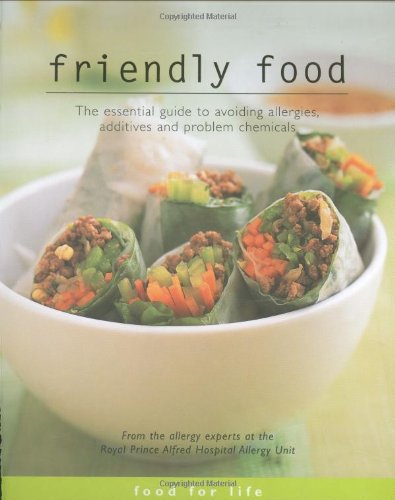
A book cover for Food for Life - Friendly Food: The Essential Guide to Avoiding Allergies, Additives and Problem Chemicals; Anne R. Swain; Health, Fitness & Dieting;